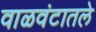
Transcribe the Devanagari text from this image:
वाळवंटातले